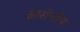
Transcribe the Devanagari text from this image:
ब्रासेनोज